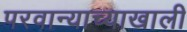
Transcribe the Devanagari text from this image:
परवान्याच्याखाली